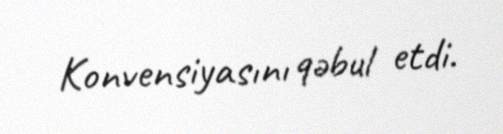
Konvensiyasını qəbul etdi.